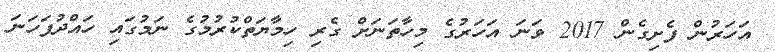
އަހަރުން ފެށިގެން 2017 ވަނަ އަހަރުގެ މިހާތަނަށް ގެރި ހިމާޔަތްކުރުމުގެ ނަމުގައި ހައްދުފަހަނަ